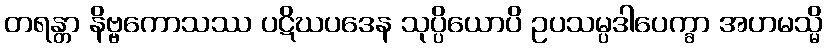
တရန္တာ နိဗ္ဗကောသဿ ပဋိဃပဒေန သုပ္ပိယောပိ ဥပသမ္ပဒါပေက္ခာ အဟမသ္မိ